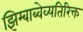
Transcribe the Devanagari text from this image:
झिम्बाब्वेव्यतिरिक्त